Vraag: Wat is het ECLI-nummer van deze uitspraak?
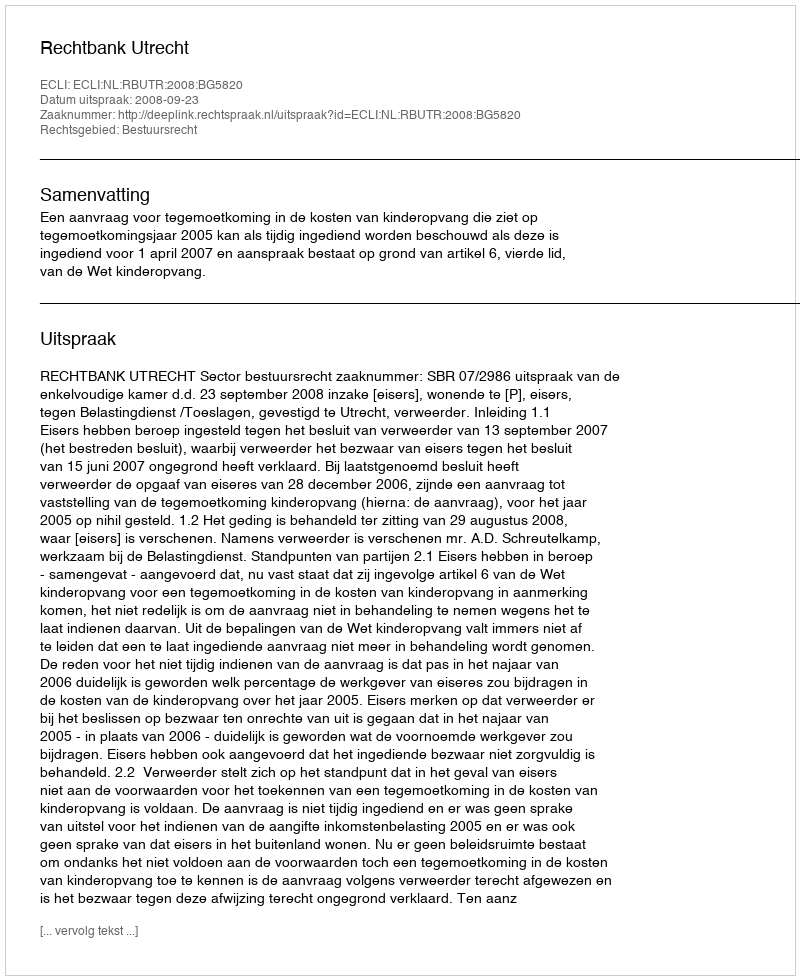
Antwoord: ECLI:NL:RBUTR:2008:BG5820